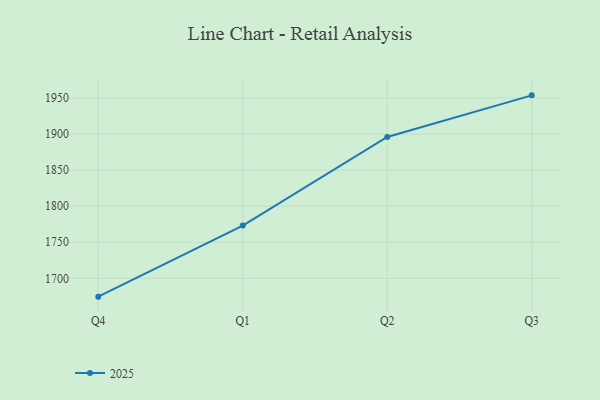
{"axis": {"x": "Quarter", "y": "Demand Index"}, "legend": ["2025"], "data": [{"x": "Q4", "y": 1674.6, "type": "2025"}, {"x": "Q1", "y": 1773.1, "type": "2025"}, {"x": "Q2", "y": 1895.9, "type": "2025"}, {"x": "Q3", "y": 1953.6, "type": "2025"}]}